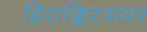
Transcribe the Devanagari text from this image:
हिराक्लिटसवर